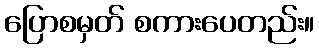
ပြောစမှတ် စကားပေတည်း။